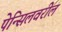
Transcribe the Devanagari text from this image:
पेन्सिलवरील